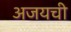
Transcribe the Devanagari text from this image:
अजयची